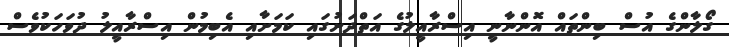
ގޯލާންގެ އުސް ބިންތައް އޮންނާނީ އިސްރާއީލުގެ އަތްދަށުގައި ކަމަށާއި އެބިމުން އިސްރާއީލު ދުވަހަކުވެސް